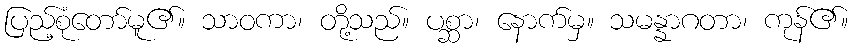
ပြည့်စုံတော်မူ၏။ သာဝကာ၊ တို့သည်။ ပစ္ဆာ၊ နောက်မှ။ သမန္နာဂတာ၊ ကုန်၏။